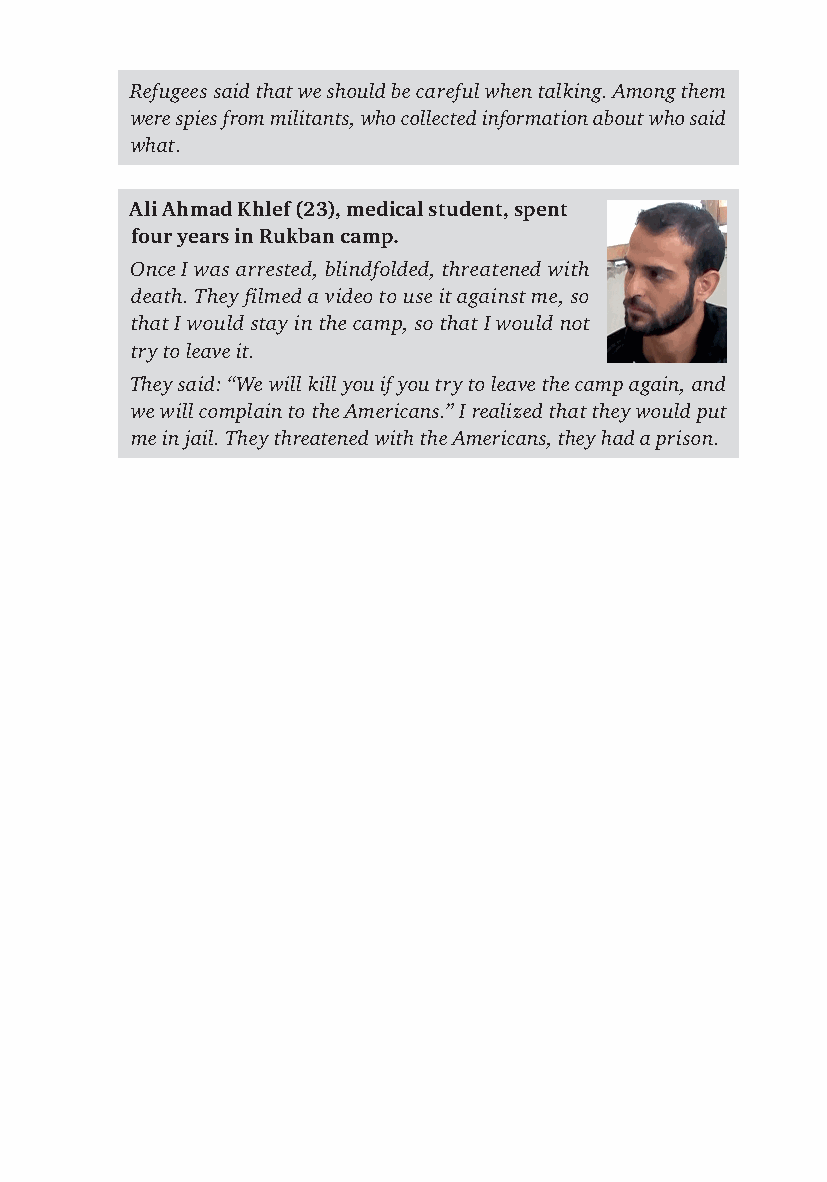
Refugees said that we should be careful when talking. Among them
 were spies from militants, who collected information about who said
 what.
 Ali Ahmad Khlef (23), medical student, spent
 four years in Rukban camp.
 Once I was arrested, blindfolded, threatened with
 death. They fi lmed a video to use it against me, so
 that I would stay in the camp, so that I would not
 try to leave it.
 They said: “We will kill you if you try to leave the camp again, and
 we will complain to the Americans.” I realized that they would put
 me in jail. They threatened with the Americans, they had a prison.